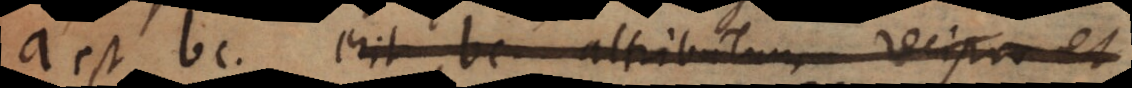
a est bc, erit bc attributum recipro et